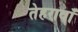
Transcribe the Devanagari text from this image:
तेहरावाँ